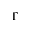
\Gamma